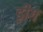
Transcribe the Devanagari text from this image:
ड़ीग